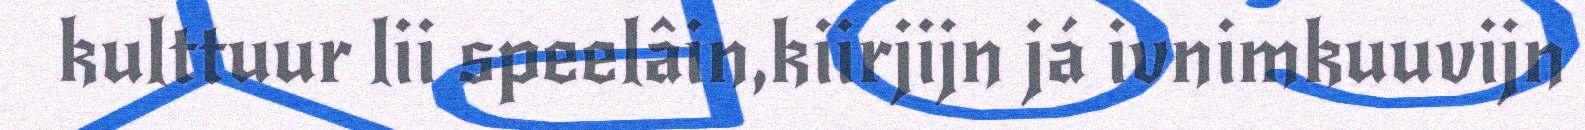
kulttuur lii speelâin,kiirjijn já ivnimkuuvijn